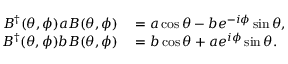
\begin{array} { r l } { B ^ { \dagger } ( \theta , \phi ) a B ( \theta , \phi ) } & { { } = a \cos \theta - b e ^ { - i \phi } \sin \theta , } \\ { B ^ { \dagger } ( \theta , \phi ) b B ( \theta , \phi ) } & { { } = b \cos \theta + a e ^ { i \phi } \sin \theta . } \end{array}